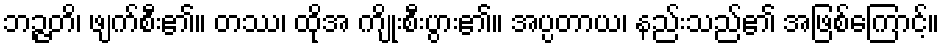
ဘဉ္ဇတိ၊ ဖျက်စီး၏။ တဿ၊ ထိုအ ကျိုးစီးပွား၏။ အပ္ပတာယ၊ နည်းသည်၏ အဖြစ်ကြောင့်။